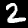
Digit: 2